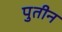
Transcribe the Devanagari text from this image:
पुतीन